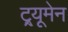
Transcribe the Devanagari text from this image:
ट्र्यूमेन